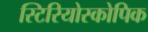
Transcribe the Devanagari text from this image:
स्टिरियोस्कोपिक